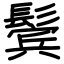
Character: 鬓